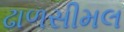
ઢાળસીમલ